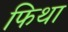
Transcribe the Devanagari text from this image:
फिथा